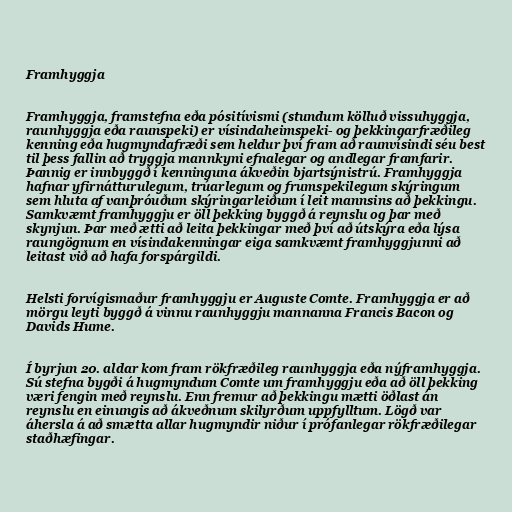
Framhyggja

Framhyggja, framstefna eða pósitívismi (stundum kölluð vissuhyggja,
raunhyggja eða raunspeki) er vísindaheimspeki- og þekkingarfræðileg
kenning eða hugmyndafræði sem heldur því fram að raunvísindi séu best
til þess fallin að tryggja mannkyni efnalegar og andlegar framfarir.
Þannig er innbyggð í kenninguna ákveðin bjartsýnistrú. Framhyggja
hafnar yfirnátturulegum, trúarlegum og frumspekilegum skýringum
sem hluta af vanþróuðum skýringarleiðum í leit mannsins að þekkingu.
Samkvæmt framhyggju er öll þekking byggð á reynslu og þar með
skynjun. Þar með ætti að leita þekkingar með því að útskýra eða lýsa
raungögnum en vísindakenningar eiga samkvæmt framhyggjunni að
leitast við að hafa forspárgildi.

Helsti forvígismaður framhyggju er Auguste Comte. Framhyggja er að
mörgu leyti byggð á vinnu raunhyggju mannanna Francis Bacon og
Davids Hume.

Í byrjun 20. aldar kom fram rökfræðileg raunhyggja eða nýframhyggja.
Sú stefna bygði á hugmyndum Comte um framhyggju eða að öll þekking
væri fengin með reynslu. Enn fremur að þekkingu mætti öðlast án
reynslu en einungis að ákveðnum skilyrðum uppfylltum. Lögð var
áhersla á að smætta allar hugmyndir niður í prófanlegar rökfræðilegar
staðhæfingar.